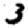
Digit: 3